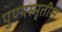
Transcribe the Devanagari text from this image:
पुण्यस्मृतीस